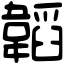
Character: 韜